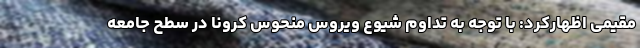
مقیمی اظهارکرد: با توجه به تداوم شیوع ویروس منحوس کرونا در سطح جامعه